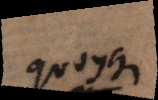
quoyque